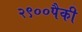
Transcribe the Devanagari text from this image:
२९००पैकी